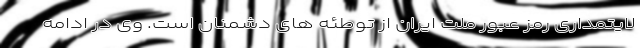
لایتمداری رمز عبور ملت ایران از توطئه های دشمنان است. وی در ادامه